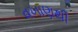
વખાણથી